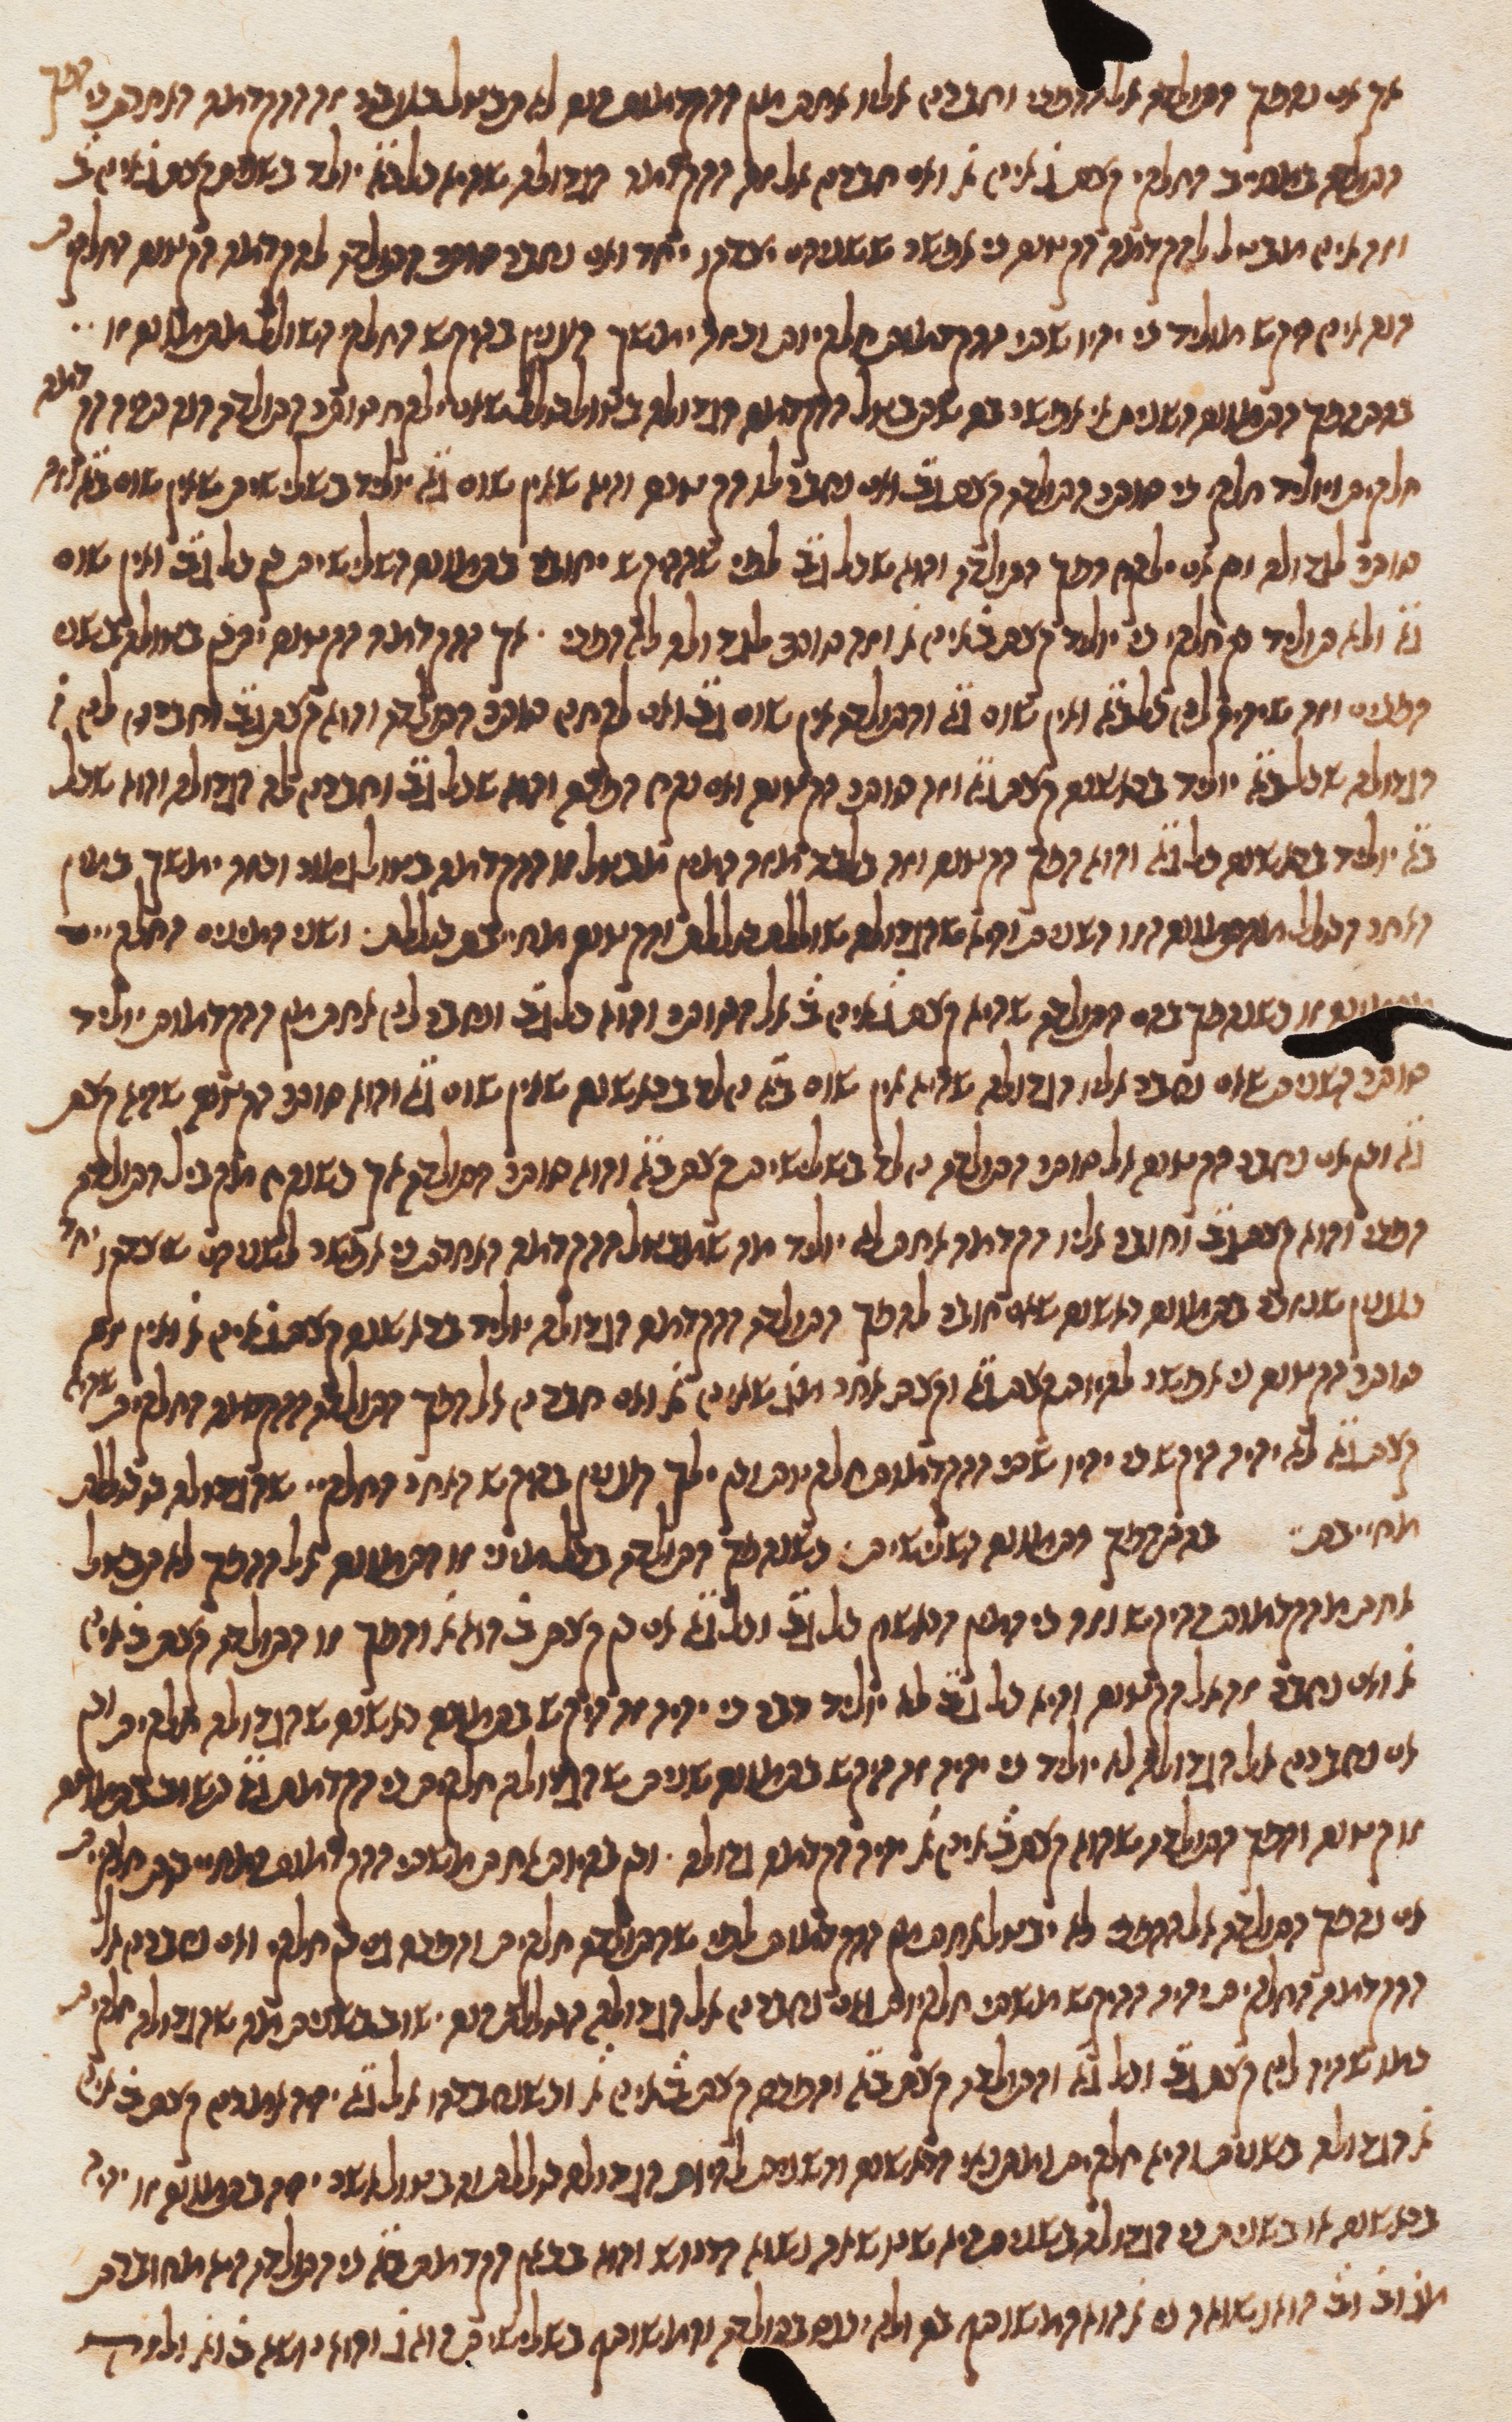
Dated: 1270–1330